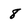
Character: 8